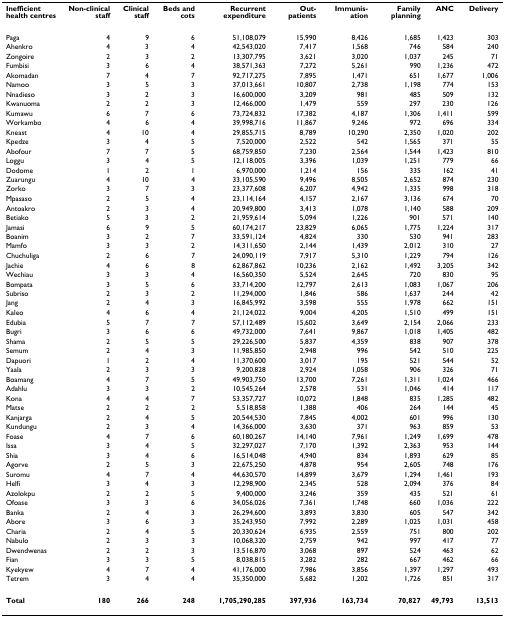
<table><thead><tr><td><b>Inefficient health centres</b></td><td><b>Non-clinical staff</b></td><td><b>Clinical staff</b></td><td><b>Beds and cots</b></td><td><b>Recurrent expenditure</b></td><td><b>Out-patients</b></td><td><b>Immunis-ation</b></td><td><b>Family planning</b></td><td><b>ANC</b></td><td><b>Delivery</b></td></tr></thead><tbody><tr><td>Paga</td><td>4</td><td>9</td><td>6</td><td>51,108,079</td><td>15,990</td><td>8,426</td><td>1,685</td><td>1,423</td><td>303</td></tr><tr><td>Ahenkro</td><td>4</td><td>3</td><td>4</td><td>42,543,020</td><td>7,417</td><td>1,568</td><td>746</td><td>584</td><td>240</td></tr><tr><td>Zongoire</td><td>2</td><td>3</td><td>2</td><td>13,307,795</td><td>3,621</td><td>3,020</td><td>1,037</td><td>245</td><td>71</td></tr><tr><td>Fumbisi</td><td>3</td><td>6</td><td>4</td><td>38,571,363</td><td>7,272</td><td>5,261</td><td>990</td><td>1,236</td><td>472</td></tr><tr><td>Akomadan</td><td>7</td><td>4</td><td>7</td><td>92,717,275</td><td>7,895</td><td>1,471</td><td>651</td><td>1,677</td><td>1,006</td></tr><tr><td>Namoo</td><td>3</td><td>5</td><td>3</td><td>37,013,661</td><td>10,807</td><td>2,738</td><td>1,198</td><td>774</td><td>153</td></tr><tr><td>Nnadieso</td><td>3</td><td>2</td><td>3</td><td>16,600,000</td><td>3,209</td><td>981</td><td>485</td><td>509</td><td>132</td></tr><tr><td>Kwanuoma</td><td>2</td><td>2</td><td>3</td><td>12,466,000</td><td>1,479</td><td>559</td><td>297</td><td>230</td><td>126</td></tr><tr><td>Kumawu</td><td>6</td><td>7</td><td>6</td><td>73,724,832</td><td>17,382</td><td>4,187</td><td>1,306</td><td>1,411</td><td>599</td></tr><tr><td>Workambo</td><td>4</td><td>6</td><td>4</td><td>39,998,716</td><td>11,867</td><td>9,246</td><td>972</td><td>696</td><td>334</td></tr><tr><td>Kneast</td><td>4</td><td>10</td><td>4</td><td>29,855,715</td><td>8,789</td><td>10,290</td><td>2,350</td><td>1,020</td><td>202</td></tr><tr><td>Kpedze</td><td>3</td><td>4</td><td>5</td><td>7,520,000</td><td>2,522</td><td>542</td><td>1,565</td><td>371</td><td>55</td></tr><tr><td>Abofour</td><td>7</td><td>7</td><td>5</td><td>68,759,850</td><td>7,230</td><td>2,564</td><td>1,544</td><td>1,423</td><td>810</td></tr><tr><td>Loggu</td><td>3</td><td>4</td><td>5</td><td>12,118,005</td><td>3,396</td><td>1,039</td><td>1,251</td><td>779</td><td>66</td></tr><tr><td>Dodome</td><td>1</td><td>2</td><td>1</td><td>6,970,000</td><td>1,214</td><td>156</td><td>335</td><td>162</td><td>41</td></tr><tr><td>Zuarungu</td><td>4</td><td>10</td><td>4</td><td>33,105,590</td><td>9,496</td><td>8,505</td><td>2,652</td><td>874</td><td>230</td></tr><tr><td>Zorko</td><td>3</td><td>7</td><td>3</td><td>23,377,608</td><td>6,207</td><td>4,942</td><td>1,335</td><td>998</td><td>318</td></tr><tr><td>Mpasaso</td><td>2</td><td>5</td><td>4</td><td>23,114,164</td><td>4,157</td><td>2,167</td><td>3,136</td><td>674</td><td>70</td></tr><tr><td>Antoakro</td><td>2</td><td>3</td><td>4</td><td>20,949,800</td><td>3,413</td><td>1,078</td><td>1,140</td><td>588</td><td>209</td></tr><tr><td>Betiako</td><td>5</td><td>3</td><td>2</td><td>21,959,614</td><td>5,094</td><td>1,226</td><td>901</td><td>571</td><td>140</td></tr><tr><td>Jamasi</td><td>6</td><td>9</td><td>5</td><td>60,174,217</td><td>23,829</td><td>6,065</td><td>1,775</td><td>1,224</td><td>317</td></tr><tr><td>Boanim</td><td>3</td><td>2</td><td>7</td><td>33,591,124</td><td>4,824</td><td>330</td><td>530</td><td>941</td><td>283</td></tr><tr><td>Mamfo</td><td>3</td><td>3</td><td>2</td><td>14,311,650</td><td>2,144</td><td>1,439</td><td>2,012</td><td>310</td><td>27</td></tr><tr><td>Chuchuliga</td><td>2</td><td>6</td><td>7</td><td>24,090,119</td><td>7,917</td><td>5,310</td><td>1,229</td><td>794</td><td>126</td></tr><tr><td>Jachie</td><td>4</td><td>6</td><td>8</td><td>62,867,862</td><td>10,236</td><td>2,162</td><td>1,492</td><td>3,205</td><td>342</td></tr><tr><td>Wechiau</td><td>3</td><td>3</td><td>4</td><td>16,560,350</td><td>5,524</td><td>2,645</td><td>720</td><td>830</td><td>95</td></tr><tr><td>Bompata</td><td>3</td><td>5</td><td>6</td><td>33,714,200</td><td>12,797</td><td>2,613</td><td>1,083</td><td>1,067</td><td>206</td></tr><tr><td>Subriso</td><td>2</td><td>3</td><td>2</td><td>11,294,000</td><td>1,846</td><td>586</td><td>1,637</td><td>244</td><td>42</td></tr><tr><td>Jang</td><td>2</td><td>4</td><td>3</td><td>16,845,992</td><td>3,598</td><td>555</td><td>1,978</td><td>662</td><td>151</td></tr><tr><td>Kaleo</td><td>4</td><td>6</td><td>4</td><td>21,124,022</td><td>9,004</td><td>4,205</td><td>1,510</td><td>499</td><td>151</td></tr><tr><td>Edubia</td><td>5</td><td>7</td><td>7</td><td>57,112,489</td><td>15,602</td><td>3,649</td><td>2,154</td><td>2,066</td><td>233</td></tr><tr><td>Bugri</td><td>3</td><td>6</td><td>6</td><td>49,732,000</td><td>7,641</td><td>9,867</td><td>1,018</td><td>1,405</td><td>482</td></tr><tr><td>Shama</td><td>2</td><td>5</td><td>5</td><td>29,226,500</td><td>5,837</td><td>4,359</td><td>838</td><td>907</td><td>378</td></tr><tr><td>Semum</td><td>2</td><td>4</td><td>3</td><td>11,985,850</td><td>2,948</td><td>996</td><td>542</td><td>510</td><td>225</td></tr><tr><td>Dapuori</td><td>1</td><td>2</td><td>4</td><td>11,370,600</td><td>3,017</td><td>195</td><td>521</td><td>544</td><td>52</td></tr><tr><td>Yaala</td><td>2</td><td>3</td><td>3</td><td>9,200,828</td><td>2,924</td><td>1,058</td><td>906</td><td>326</td><td>71</td></tr><tr><td>Boamang</td><td>4</td><td>7</td><td>5</td><td>49,903,750</td><td>13,700</td><td>7,261</td><td>1,311</td><td>1,024</td><td>466</td></tr><tr><td>Adahlu</td><td>3</td><td>3</td><td>2</td><td>10,545,264</td><td>2,578</td><td>531</td><td>1,046</td><td>414</td><td>117</td></tr><tr><td>Kona</td><td>4</td><td>4</td><td>7</td><td>53,357,727</td><td>10,072</td><td>1,848</td><td>835</td><td>1,285</td><td>482</td></tr><tr><td>Matse</td><td>2</td><td>2</td><td>2</td><td>5,518,858</td><td>1,388</td><td>406</td><td>264</td><td>144</td><td>45</td></tr><tr><td>Kanjarga</td><td>2</td><td>4</td><td>5</td><td>20,544,530</td><td>7,845</td><td>4,002</td><td>601</td><td>996</td><td>130</td></tr><tr><td>Kundungu</td><td>2</td><td>3</td><td>4</td><td>14,366,000</td><td>3,630</td><td>371</td><td>963</td><td>859</td><td>53</td></tr><tr><td>Foase</td><td>4</td><td>7</td><td>6</td><td>60,180,267</td><td>14,140</td><td>7,961</td><td>1,249</td><td>1,699</td><td>478</td></tr><tr><td>Issa</td><td>3</td><td>4</td><td>5</td><td>32,297,027</td><td>7,170</td><td>1,392</td><td>2,363</td><td>953</td><td>144</td></tr><tr><td>Shia</td><td>3</td><td>4</td><td>6</td><td>16,514,048</td><td>4,940</td><td>834</td><td>1,893</td><td>629</td><td>85</td></tr><tr><td>Agorve</td><td>2</td><td>5</td><td>3</td><td>22,675,250</td><td>4,878</td><td>954</td><td>2,605</td><td>748</td><td>176</td></tr><tr><td>Suromu</td><td>4</td><td>7</td><td>4</td><td>44,630,570</td><td>14,899</td><td>3,679</td><td>1,294</td><td>1,461</td><td>193</td></tr><tr><td>Helfi</td><td>3</td><td>4</td><td>3</td><td>12,298,900</td><td>2,345</td><td>528</td><td>2,094</td><td>376</td><td>84</td></tr><tr><td>Azolokpu</td><td>2</td><td>2</td><td>5</td><td>9,400,000</td><td>3,246</td><td>359</td><td>435</td><td>521</td><td>61</td></tr><tr><td>Ofoase</td><td>3</td><td>3</td><td>6</td><td>34,056,026</td><td>7,361</td><td>1,748</td><td>660</td><td>1,036</td><td>222</td></tr><tr><td>Banka</td><td>2</td><td>4</td><td>3</td><td>26,294,600</td><td>3,893</td><td>3,830</td><td>605</td><td>547</td><td>342</td></tr><tr><td>Abore</td><td>3</td><td>6</td><td>3</td><td>35,243,950</td><td>7,992</td><td>2,289</td><td>1,025</td><td>1,031</td><td>458</td></tr><tr><td>Charia</td><td>2</td><td>4</td><td>5</td><td>20,330,624</td><td>6,935</td><td>2,559</td><td>751</td><td>800</td><td>202</td></tr><tr><td>Nabulo</td><td>2</td><td>3</td><td>3</td><td>10,068,320</td><td>2,759</td><td>942</td><td>997</td><td>417</td><td>77</td></tr><tr><td>Dwendwenas</td><td>2</td><td>2</td><td>3</td><td>13,516,870</td><td>3,068</td><td>897</td><td>524</td><td>463</td><td>62</td></tr><tr><td>Fian</td><td>3</td><td>3</td><td>5</td><td>8,038,815</td><td>3,282</td><td>282</td><td>667</td><td>462</td><td>66</td></tr><tr><td>Kyekyew</td><td>4</td><td>7</td><td>4</td><td>41,176,000</td><td>7,986</td><td>3,856</td><td>1,397</td><td>1,297</td><td>493</td></tr><tr><td>Tetrem</td><td>3</td><td>4</td><td>4</td><td>35,350,000</td><td>5,682</td><td>1,202</td><td>1,726</td><td>851</td><td>317</td></tr><tr><td><b>Total</b></td><td><b>180</b></td><td><b>266</b></td><td><b>248</b></td><td><b>1,705,290,285</b></td><td><b>397,936</b></td><td><b>163,734</b></td><td><b>70,827</b></td><td><b>49,793</b></td><td><b>13,513</b></td></tr></tbody></table>